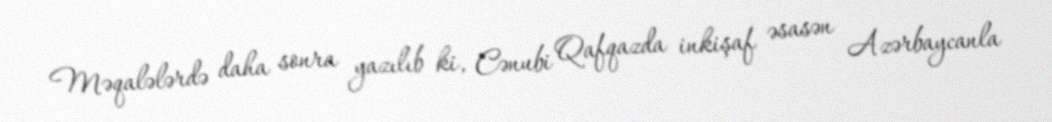
Məqalələrdə daha sonra yazılıb ki, Cənubi Qafqazda inkişaf əsasən Azərbaycanla